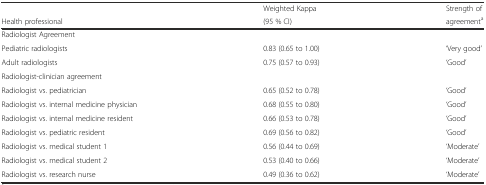
<table><thead><tr><td></td><td><b>Weighted Kappa</b></td><td><b>Strength of</b></td></tr><tr><td><b>Health professional</b></td><td><b>(95 % CI)</b></td><td><b>agreement<sup>a</sup></b></td></tr></thead><tbody><tr><td colspan="3">Radiologist Agreement</td></tr><tr><td>Pediatric radiologists</td><td>0.83 (0.65 to 1.00)</td><td>‘Very good’</td></tr><tr><td>Adult radiologists</td><td>0.75 (0.57 to 0.93)</td><td>‘Good’</td></tr><tr><td colspan="3">Radiologist-clinician agreement</td></tr><tr><td>Radiologist vs. pediatrician</td><td>0.65 (0.52 to 0.78)</td><td>‘Good’</td></tr><tr><td>Radiologist vs. internal medicine physician</td><td>0.68 (0.55 to 0.80)</td><td>‘Good’</td></tr><tr><td>Radiologist vs. internal medicine resident</td><td>0.66 (0.53 to 0.78)</td><td>‘Good’</td></tr><tr><td>Radiologist vs. pediatric resident</td><td>0.69 (0.56 to 0.82)</td><td>‘Good’</td></tr><tr><td>Radiologist vs. medical student 1</td><td>0.56 (0.44 to 0.69)</td><td>‘Moderate’</td></tr><tr><td>Radiologist vs. medical student 2</td><td>0.53 (0.40 to 0.66)</td><td>‘Moderate’</td></tr><tr><td>Radiologist vs. research nurse</td><td>0.49 (0.36 to 0.62)</td><td>‘Moderate’</td></tr></tbody></table>